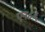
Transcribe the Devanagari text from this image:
एन८६